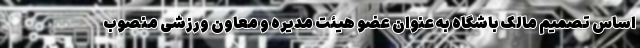
اساس تصمیم مالک باشگاه به عنوان عضو هیئت مدیره و معاون ورزشی منصوب